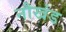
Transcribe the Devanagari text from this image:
नौखंड